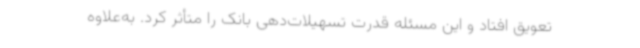
تعویق افتاد و این مسئله قدرت تسهیلات‌دهی بانک را متأثر کرد. به‌علاوه